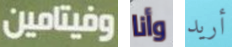
وفيتامين وأنا أريد